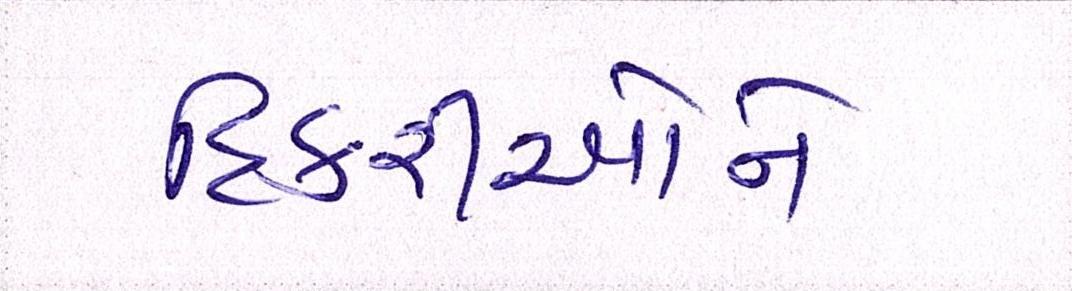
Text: દિકરીઓને